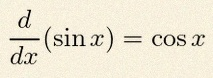
\frac{d}{dx}(\sin x)=\cos x